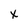
Character: x